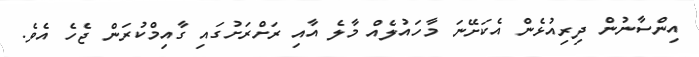
އިންސާނުން ދިރިއުޅެން އެކަށޭނަ މާހައުލެއް މާލެ އާއި ރަށްރަށުގައި ގާއިމްކުރަން ޖެހެ އެވެ.